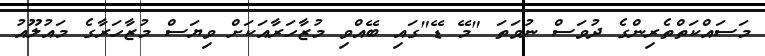
މަސައްކަތްތެރިންގެ ދުވަސް ނުވަތަ "މޭ ޑޭ"ގައި ބޭއްވި މުޒާހަރާއަކަށް ވިޔަސް މުޒާހަރާގެ މައުލޫއު